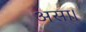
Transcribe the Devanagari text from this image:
असा।